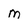
Character: M